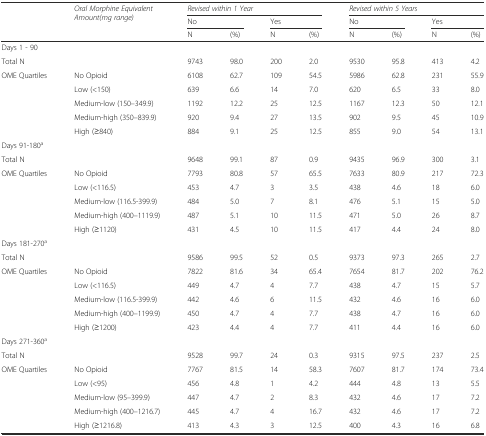
<table><thead><tr><td rowspan="3"></td><td rowspan="3"><b><i>Oral Morphine Equivalent</i><i>Amount</i><i>(mg range)</i></b></td><td colspan="4"><b><i>Revised within 1 Year</i></b></td><td colspan="4"><b><i>Revised within 5 Years</i></b></td></tr><tr><td colspan="2"><b>No</b></td><td colspan="2"><b>Yes</b></td><td colspan="2"><b>No</b></td><td colspan="2"><b>Yes</b></td></tr><tr><td><b>N</b></td><td><b>(%)</b></td><td><b>N</b></td><td><b>(%)</b></td><td><b>N</b></td><td><b>(%)</b></td><td><b>N</b></td><td><b>(%)</b></td></tr></thead><tbody><tr><td>Days 1 - 90</td><td colspan="9"></td></tr><tr><td>Total N</td><td></td><td>9743</td><td>98.0</td><td>200</td><td>2.0</td><td>9530</td><td>95.8</td><td>413</td><td>4.2</td></tr><tr><td>OME Quartiles</td><td>No Opioid</td><td>6108</td><td>62.7</td><td>109</td><td>54.5</td><td>5986</td><td>62.8</td><td>231</td><td>55.9</td></tr><tr><td></td><td>Low (&lt;150)</td><td>639</td><td>6.6</td><td>14</td><td>7.0</td><td>620</td><td>6.5</td><td>33</td><td>8.0</td></tr><tr><td></td><td>Medium-low (150–349.9)</td><td>1192</td><td>12.2</td><td>25</td><td>12.5</td><td>1167</td><td>12.3</td><td>50</td><td>12.1</td></tr><tr><td></td><td>Medium-high (350–839.9)</td><td>920</td><td>9.4</td><td>27</td><td>13.5</td><td>902</td><td>9.5</td><td>45</td><td>10.9</td></tr><tr><td></td><td>High (≥840)</td><td>884</td><td>9.1</td><td>25</td><td>12.5</td><td>855</td><td>9.0</td><td>54</td><td>13.1</td></tr><tr><td>Days 91-180<sup>a</sup></td><td colspan="9"></td></tr><tr><td>Total N</td><td></td><td>9648</td><td>99.1</td><td>87</td><td>0.9</td><td>9435</td><td>96.9</td><td>300</td><td>3.1</td></tr><tr><td>OME Quartiles</td><td>No Opioid</td><td>7793</td><td>80.8</td><td>57</td><td>65.5</td><td>7633</td><td>80.9</td><td>217</td><td>72.3</td></tr><tr><td></td><td>Low (&lt;116.5)</td><td>453</td><td>4.7</td><td>3</td><td>3.5</td><td>438</td><td>4.6</td><td>18</td><td>6.0</td></tr><tr><td></td><td>Medium-low (116.5-399.9)</td><td>484</td><td>5.0</td><td>7</td><td>8.1</td><td>476</td><td>5.1</td><td>15</td><td>5.0</td></tr><tr><td></td><td>Medium-high (400–1119.9)</td><td>487</td><td>5.1</td><td>10</td><td>11.5</td><td>471</td><td>5.0</td><td>26</td><td>8.7</td></tr><tr><td></td><td>High (≥1120)</td><td>431</td><td>4.5</td><td>10</td><td>11.5</td><td>417</td><td>4.4</td><td>24</td><td>8.0</td></tr><tr><td>Days 181-270<sup>a</sup></td><td colspan="9"></td></tr><tr><td>Total N</td><td></td><td>9586</td><td>99.5</td><td>52</td><td>0.5</td><td>9373</td><td>97.3</td><td>265</td><td>2.7</td></tr><tr><td>OME Quartiles</td><td>No Opioid</td><td>7822</td><td>81.6</td><td>34</td><td>65.4</td><td>7654</td><td>81.7</td><td>202</td><td>76.2</td></tr><tr><td></td><td>Low (&lt;116.5)</td><td>449</td><td>4.7</td><td>4</td><td>7.7</td><td>438</td><td>4.7</td><td>15</td><td>5.7</td></tr><tr><td></td><td>Medium-low (116.5-399.9)</td><td>442</td><td>4.6</td><td>6</td><td>11.5</td><td>432</td><td>4.6</td><td>16</td><td>6.0</td></tr><tr><td></td><td>Medium-high (400–1199.9)</td><td>450</td><td>4.7</td><td>4</td><td>7.7</td><td>438</td><td>4.7</td><td>16</td><td>6.0</td></tr><tr><td></td><td>High (≥1200)</td><td>423</td><td>4.4</td><td>4</td><td>7.7</td><td>411</td><td>4.4</td><td>16</td><td>6.0</td></tr><tr><td>Days 271-360<sup>a</sup></td><td colspan="9"></td></tr><tr><td>Total N</td><td></td><td>9528</td><td>99.7</td><td>24</td><td>0.3</td><td>9315</td><td>97.5</td><td>237</td><td>2.5</td></tr><tr><td>OME Quartiles</td><td>No Opioid</td><td>7767</td><td>81.5</td><td>14</td><td>58.3</td><td>7607</td><td>81.7</td><td>174</td><td>73.4</td></tr><tr><td></td><td>Low (&lt;95)</td><td>456</td><td>4.8</td><td>1</td><td>4.2</td><td>444</td><td>4.8</td><td>13</td><td>5.5</td></tr><tr><td></td><td>Medium-low (95–399.9)</td><td>447</td><td>4.7</td><td>2</td><td>8.3</td><td>432</td><td>4.6</td><td>17</td><td>7.2</td></tr><tr><td></td><td>Medium-high (400–1216.7)</td><td>445</td><td>4.7</td><td>4</td><td>16.7</td><td>432</td><td>4.6</td><td>17</td><td>7.2</td></tr><tr><td></td><td>High (≥1216.8)</td><td>413</td><td>4.3</td><td>3</td><td>12.5</td><td>400</td><td>4.3</td><td>16</td><td>6.8</td></tr></tbody></table>